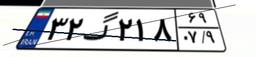
۸۶گ۴۶۷۴۷